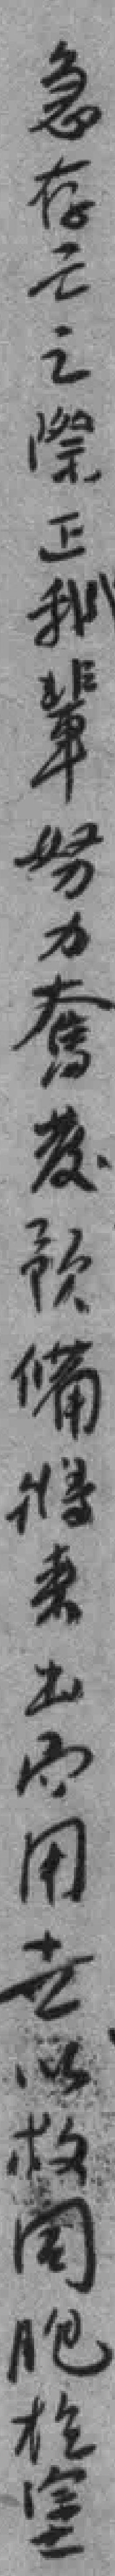
急存亡之際正我辈努力奮發预備将来出*用卋以救同胞於*